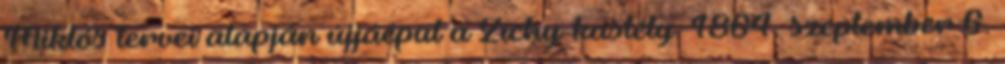
Miklós tervei alapján újjáépül a Zichy-kastély. 1864. szeptember 6.